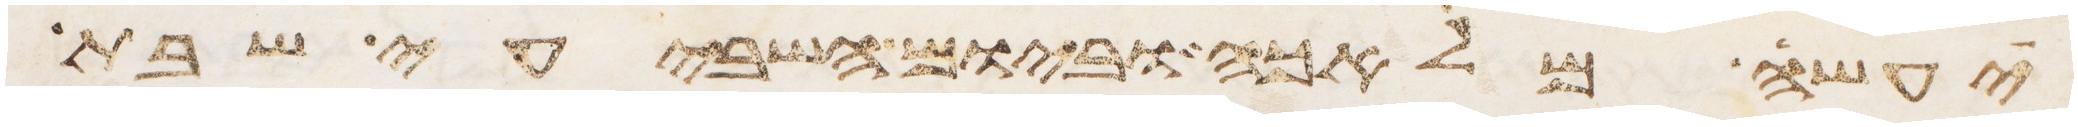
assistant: יעשה מלאכה וביום השביעי שבת